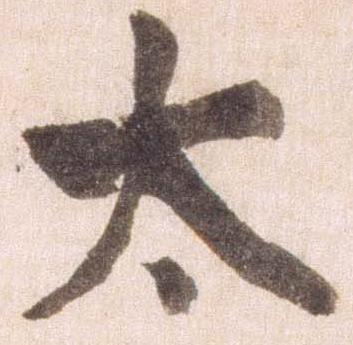
太